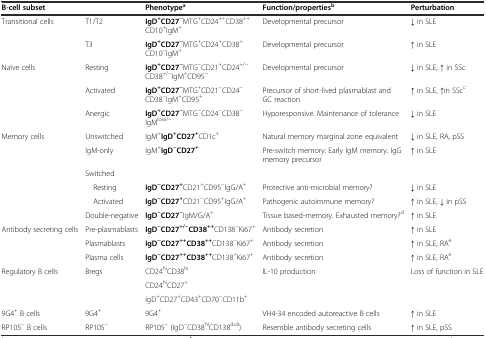
<table><thead><tr><td><b>B-cell subset</b></td><td></td><td><b>Phenotype<sup>a</sup></b></td><td><b>Function/properties<sup>b</sup></b></td><td><b>Perturbation</b></td></tr></thead><tbody><tr><td>Transitional cells</td><td>T1/T2</td><td><b>IgD</b><sup><b>+</b></sup><b>CD27</b><sup><b>−</b></sup>MTG<sup>+</sup>CD24<sup>++</sup>CD38<sup>++</sup>CD10<sup>+</sup>IgM<sup>+</sup></td><td>Developmental precursor</td><td>↓ in SLE</td></tr><tr><td></td><td>T3</td><td><b>IgD</b><sup><b>+</b></sup><b>CD27</b><sup><b>−</b></sup>MTG<sup>+</sup>CD24<sup>+</sup>CD38<sup>+</sup>CD10<sup>−</sup>IgM<sup>+</sup></td><td>Developmental precursor</td><td>↑ in SLE</td></tr><tr><td>Naïve cells</td><td>Resting</td><td><b>IgD</b><sup><b>+</b></sup><b>CD27</b><sup><b>−</b></sup>MTG<sup>−</sup>CD21<sup>+</sup>CD24<sup>+/−</sup>CD38<sup>+/−</sup>IgM<sup>+</sup>CD95<sup>−</sup></td><td>Developmental precursor</td><td>↓ in SLE, ↑ in SSc</td></tr><tr><td></td><td>Activated</td><td><b>IgD</b><sup><b>+</b></sup><b>CD27</b><sup><b>−</b></sup>MTG<sup>+</sup>CD21<sup>−</sup>CD24<sup>−</sup>CD38<sup>−</sup>IgM<sup>+</sup>CD95<sup>+</sup></td><td>Precursor of short-lived plasmablast and GC reaction</td><td>↑ in SLE, ↑in SSc<sup>c</sup></td></tr><tr><td></td><td>Anergic</td><td><b>IgD</b><sup><b>+</b></sup><b>CD27</b><sup><b>−</b></sup>MTG<sup>−</sup>CD24<sup>−</sup>CD38<sup>−</sup>IgM<sup>low/–</sup></td><td>Hyporesponsive. Maintenance of tolerance</td><td>↓ in SLE</td></tr><tr><td>Memory cells</td><td>Unswitched</td><td>IgM<sup>+</sup><b>IgD</b><sup><b>+</b></sup><b>CD27</b><sup><b>+</b></sup>CD1c<sup>+</sup></td><td>Natural memory marginal zone equivalent</td><td>↓ in SLE, RA, pSS</td></tr><tr><td></td><td>IgM-only</td><td>IgM<sup>+</sup><b>IgD</b><sup><b>−</b></sup><b>CD27</b><sup><b>+</b></sup></td><td>Pre-switch memory. Early IgM memory. IgG memory precursor</td><td>↑ in SLE</td></tr><tr><td></td><td>Switched</td><td></td><td></td><td></td></tr><tr><td></td><td> Resting</td><td><b>IgD</b><sup><b>−</b></sup><b>CD27</b><sup><b>+</b></sup>CD21<sup>+</sup>CD95<sup>−</sup>IgG/A<sup>+</sup></td><td>Protective anti-microbial memory?</td><td>↓ in SLE</td></tr><tr><td></td><td> Activated</td><td><b>IgD</b><sup><b>−</b></sup><b>CD27</b><sup><b>+</b></sup>CD21<sup>−</sup>CD95<sup>+</sup>IgG/A<sup>+</sup></td><td>Pathogenic autoimmune memory?</td><td>↑ in SLE, ↓ in pSS</td></tr><tr><td></td><td>Double-negative</td><td><b>IgD</b><sup><b>−</b></sup><b>CD27</b><sup><b>−</b></sup>IgM/G/A<sup>+</sup></td><td>Tissue based-memory. Exhausted memory?<sup>d</sup></td><td>↑ in SLE</td></tr><tr><td>Antibody secreting cells</td><td>Pre-plasmablasts</td><td><b>IgD</b><sup><b>−</b></sup><b>CD27</b><sup><b>+/−</b></sup><b>CD38</b><sup><b>++</b></sup>CD138<sup>−</sup>Ki67<sup>+</sup></td><td>Antibody secretion</td><td>↑ in SLE</td></tr><tr><td></td><td>Plasmablasts</td><td><b>IgD</b><sup><b>−</b></sup><b>CD27</b><sup><b>++</b></sup><b>CD38</b><sup><b>++</b></sup>CD138<sup>−</sup>Ki67<sup>+</sup></td><td>Antibody secretion</td><td>↑ in SLE, RA<sup>e</sup></td></tr><tr><td></td><td>Plasma cells</td><td><b>IgD</b><sup><b>−</b></sup><b>CD27</b><sup><b>++</b></sup><b>CD38</b><sup><b>++</b></sup>CD138<sup>+</sup>Ki67<sup>+</sup></td><td>Antibody secretion</td><td>↑ in SLE, RA<sup>e</sup></td></tr><tr><td>Regulatory B cells</td><td>Bregs</td><td>CD24<sup>hi</sup>CD38<sup>hi</sup></td><td>IL-10 production</td><td>Loss of function in SLE</td></tr><tr><td></td><td></td><td>CD24<sup>hi</sup>CD27<sup>+</sup></td><td></td><td></td></tr><tr><td></td><td></td><td>IgD<sup>+</sup>CD27<sup>+</sup>CD43<sup>+</sup>CD70<sup>−</sup>CD11b<sup>+</sup></td><td></td><td></td></tr><tr><td>9G4<sup>+</sup> B cells</td><td>9G4<sup>+</sup></td><td>9G4<sup>+</sup></td><td>VH4-34 encoded autoreactive B cells</td><td>↑ in SLE</td></tr><tr><td>RP105<sup>−</sup> B cells</td><td>RP105<sup>−</sup></td><td>RP105<sup>−</sup> (IgD<sup>−</sup>CD38<sup>hi</sup>CD138<sup>dull</sup>)</td><td>Resemble antibody secreting cells</td><td>↑ in SLE, pSS</td></tr></tbody></table>